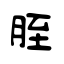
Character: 胵